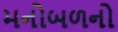
મનોબળનો